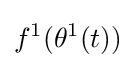
f^{1}(\theta ^{1}(t))